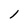
Character: l